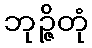
ဘုဉ္ဇိတုံ